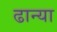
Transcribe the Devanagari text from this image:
ढान्या